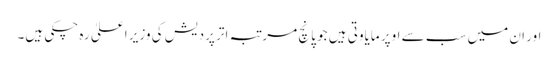
اور ان میں سب سے اوپر مایاوتی ہیں جو پانچ مرتبہ اتر پردیش کی وزیر اعلیٰ رہ چکی ہیں۔